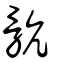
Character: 骯